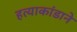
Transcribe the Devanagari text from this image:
हत्याकांडाने